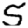
Digit: 5